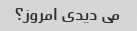
می دیدی امروز؟